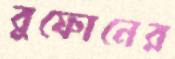
বুফোনের